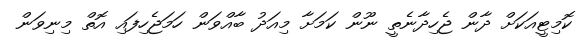
ކޮމިޓީއަކަށް ދާން ޖެހިދާނެތީ ނޫން ކަމަށާ މިއަދު ބާއްވަން ހަމަޖެހިފައި އޮތް މިނިވަން